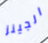
الجينز